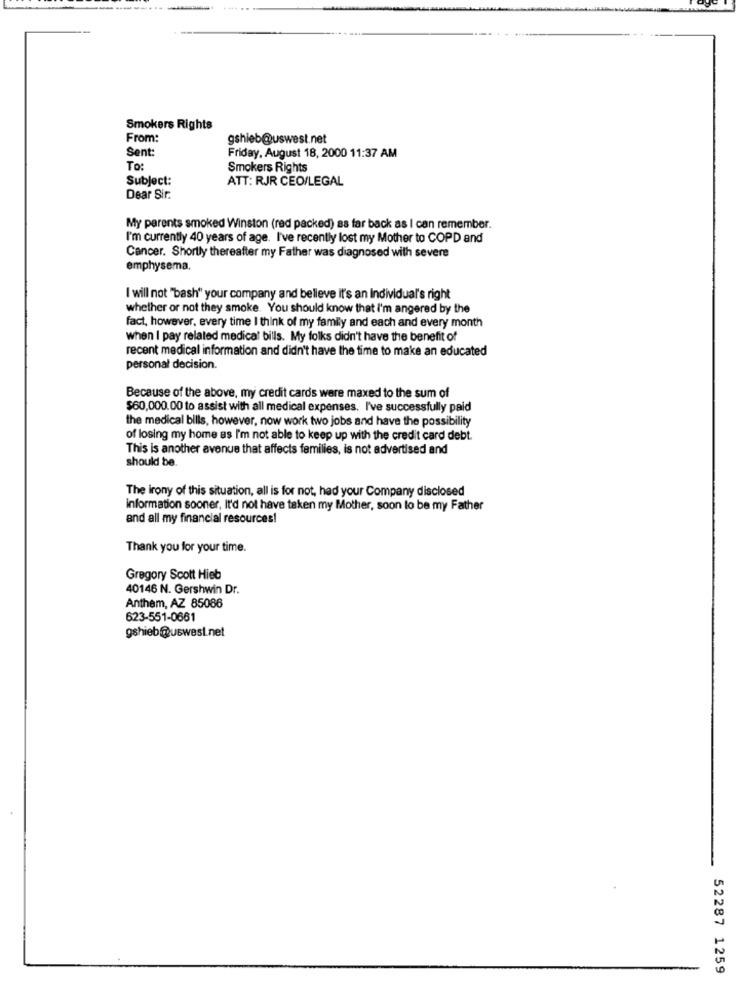
Smokers Rights
From:
gshieb@uswest.net
Sent:
Friday, August 18, 2000 11:37 AM
To:
Smokers Rights
Subject:
ATT: RJR CEO/LEGAL
Dear Sir.
My parents smoked Winston (red packed) as far back as I can remember.
I'm currently 40 years of age. I've recently lost my Mother to COPD and
Cancer. Shortly thereafter my Father was diagnosed with severe
emphysema.
I will not "bash" your company and believe it's an Individual's right
whether or not they smoke. You should know that I'm angered by the
fact, however, every time I think of my family and each and every month
when I pay related medical bills. My folks didn't have the benefit of
recent medical information and didn't have the time to make an educated
personal decision.
Because of the above, my credit cards were maxed to the sum of
$60,000.00 to assist with all medical expenses. I've successfully paid
the medical bills, however, now work two jobs and have the possibility
of losing my home as I'm not able to keep up with the credit card debt.
This is another avenue that affects families, is not advertised and
should be.
The irony of this situation, all is for not, had your Company disclosed
information sooner, It'd not have taken my Mother, soon to be my Father
and all my financial resources!
Thank you for your time.
Gregory Scott Hieb
40146 N. Gershwin Dr.
Anthem, AZ 85086
623-551-0661
gshieb@uswest.net
52287 1259